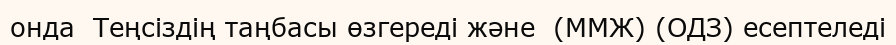
онда  Теңсіздің таңбасы өзгереді және  (ММЖ) (ОДЗ) есептеледі